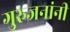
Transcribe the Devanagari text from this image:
गुरुजनांनी